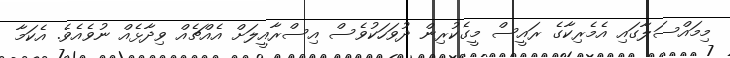
މިމައްސަލާގައި އެމެރިކާގެ ރައީސް މީގެކުރިން ދުވަހަކުވެސް އިސްރާއީލަށް އެއްޗެއް ވިދާޅެއް ނުވެއެވެ. އެކަމާ